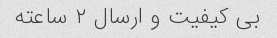
بی کیفیت و ارسال ۲ ساعته